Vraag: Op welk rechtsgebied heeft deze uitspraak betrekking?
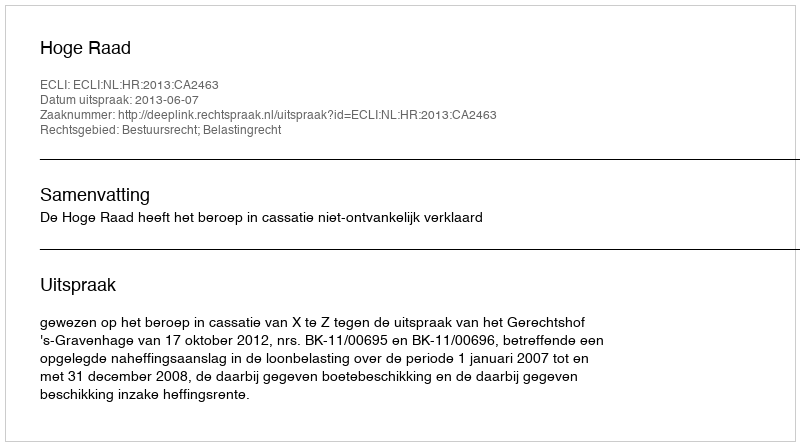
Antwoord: Bestuursrecht; Belastingrecht